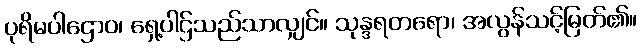
ပုရိမပါဌောဝ၊ ရှေ့ပါဌ်သည်သာလျှင်။ သုန္ဒရတရော၊ အလွန်သင့်မြတ်၏။